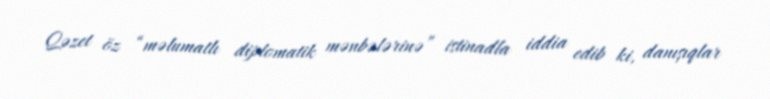
Qəzet öz “məlumatlı diplomatik mənbələrinə” istinadla iddia edib ki, danışıqlar